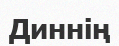
Диннің